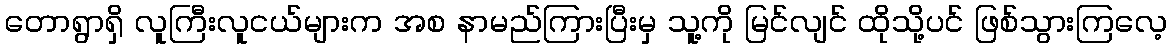
တောရွာရှိ လူကြီးလူငယ်များက အစ နာမည်ကြားပြီးမှ သူ့ကို မြင်လျင် ထိုသို့ပင် ဖြစ်သွားကြလေ့